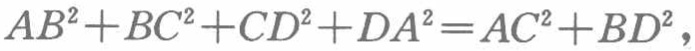
\(AB^{2}+BC^{2}+CD^{2}+DA^{2}=AC^{2}+BD^{2}\)